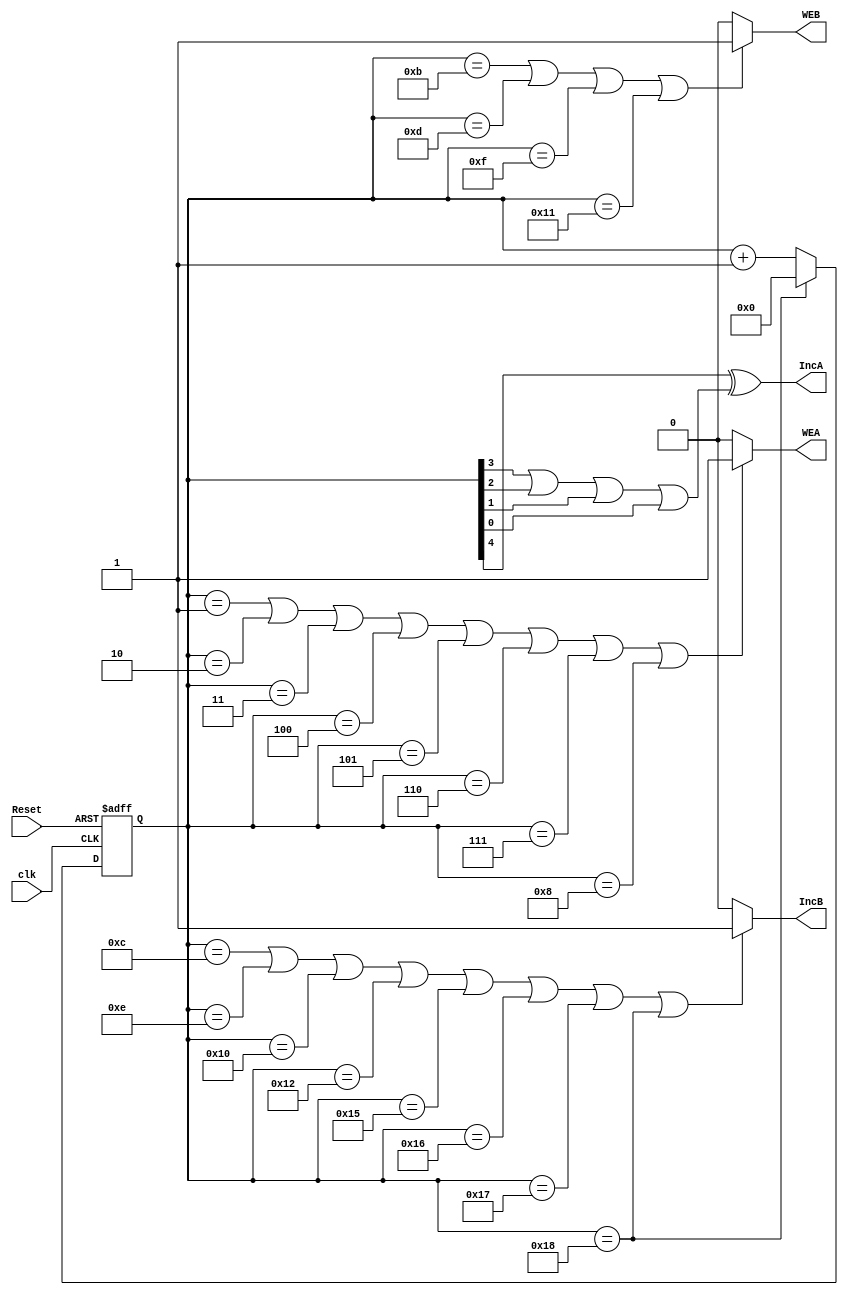
module Controller (

output IncA ,
output IncB ,
output WEA  ,
output WEB  ,
input  Reset,
input  clk
);

reg [4:0] cntr;

always @(posedge clk or posedge Reset)
begin
	if (Reset) 
		cntr <= 5'b00000;
	else if (cntr == 5'b11000)
		cntr <= 5'b00000;
		else
		cntr <= cntr + 1;
end

//assign #1 WEA = ~cntr[4] & ( cntr[3] ^ ( cntr[2]|cntr[1]|cntr[0] ));
assign  WEA = (cntr == 1 || cntr == 2 || cntr == 3 || cntr == 4 || cntr == 5 || cntr == 6 || cntr == 7 || cntr == 8) ? 1:0;
assign  IncA = cntr[4]^( cntr[3]|cntr[2]|cntr[1]|cntr[0] );

assign  WEB = (cntr == 11 || cntr == 13 || cntr == 15 || cntr == 17) ? 1:0;
assign  IncB = (cntr == 12 || cntr == 14 || cntr == 16 || cntr == 18 || cntr == 21 || cntr == 22 || cntr == 23 || cntr == 24) ? 1:0;



endmodule